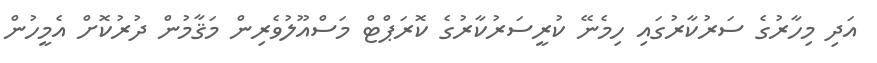
އަދި މިހާރުގެ ސަރުކާރުގައި ހިމެނޭ ކުރީސަރުކާރުގެ ކޮރަޕްޓް މަސްއޫލުވެރިން މަޤާމުން ދުރުކޮށް އެމީހުން